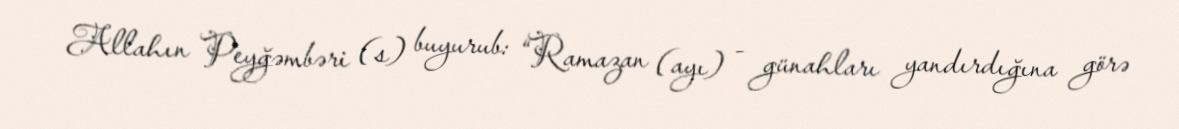
Allahın Peyğəmbəri (s) buyurub: “Ramazan (ayı) - günahları yandırdığına görə